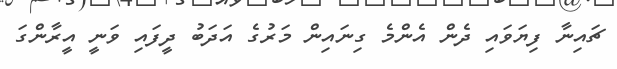
ޗައިނާ ފިޔަވައި ދެން އެންމެ ގިނައިން މަރުގެ އަދަބު ދީފައި ވަނީ އީރާންގަ